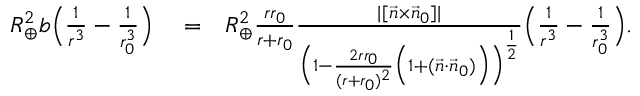
\begin{array} { r l r } { R _ { \oplus } ^ { 2 } b \Big ( \frac { 1 } { r ^ { 3 } } - \frac { 1 } { r _ { 0 } ^ { 3 } } \Big ) } & { { } = } & { R _ { \oplus } ^ { 2 } \frac { r r _ { 0 } } { r + r _ { 0 } } \frac { | [ \vec { n } \times \vec { n } _ { 0 } ] | } { \Big ( 1 - \frac { 2 r r _ { 0 } } { ( r + r _ { 0 } ) ^ { 2 } } \Big ( 1 + ( \vec { n } \cdot \vec { n } _ { 0 } ) \Big ) \Big ) ^ { \frac { 1 } { 2 } } } \Big ( \frac { 1 } { r ^ { 3 } } - \frac { 1 } { r _ { 0 } ^ { 3 } } \Big ) . } \end{array}